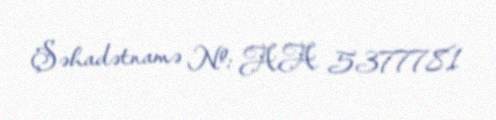
Şəhadətnamə №: AA 5377781